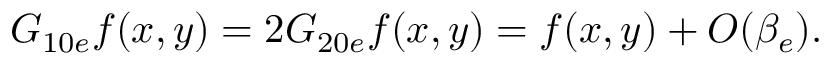
G _ { 1 0 e } f ( x , y ) = 2 G _ { 2 0 e } f ( x , y ) = f ( x , y ) + O ( \beta _ { e } ) .